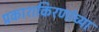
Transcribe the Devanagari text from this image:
प्रकाशकिरणांच्या